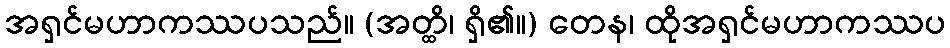
အရှင်မဟာကဿပသည်။ (အတ္ထိ၊ ရှိ၏။) တေန၊ ထိုအရှင်မဟာကဿပ